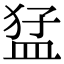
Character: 𭸒